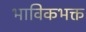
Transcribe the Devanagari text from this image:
भाविकभक्त